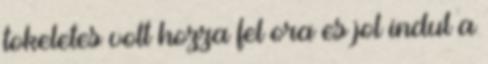
tokeletes volt hozza fel ora es jol indul a